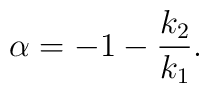
\alpha = -1 - \frac{k_2}{k_1}.